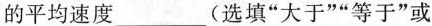
的平均速度___(选填“大于”“等于”或